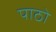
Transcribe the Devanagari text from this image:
पाठो